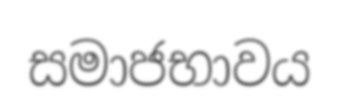
සමාජභාවය